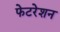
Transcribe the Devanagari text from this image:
फेटरेशन